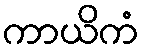
ကာယိကံ